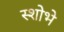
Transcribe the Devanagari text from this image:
स्शोभे